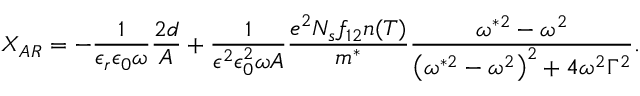
X _ { A R } = - \frac { 1 } { \epsilon _ { r } \epsilon _ { 0 } \omega } \frac { 2 d } { A } + \frac { 1 } { \epsilon ^ { 2 } \epsilon _ { 0 } ^ { 2 } \omega A } \frac { e ^ { 2 } N _ { s } f _ { 1 2 } n ( T ) } { m ^ { * } } \frac { \omega ^ { * 2 } - \omega ^ { 2 } } { \left( \omega ^ { * 2 } - \omega ^ { 2 } \right) ^ { 2 } + 4 \omega ^ { 2 } \Gamma ^ { 2 } } .